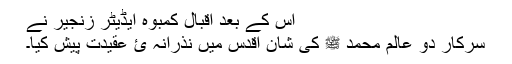
اس کے بعد اقبال کمبوہ ایڈیٹر زنجیر نے
سرکارِ دو عالم محمد ﷺ کی شانِ اقدس میں نذرانہ ئ عقیدت پیش کیا۔